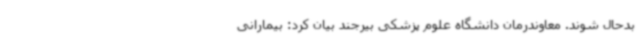
بدحال شوند. معاوندرمان دانشگاه علوم پزشکی بیرجند بیان کرد: بیمارانی